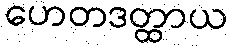
ဟေတဒတ္ထာယ